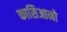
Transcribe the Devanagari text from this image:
कासिआनो